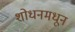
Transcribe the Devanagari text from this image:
शोधनमधून